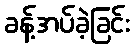
ခန့်အပ်ခဲ့ခြင်း